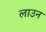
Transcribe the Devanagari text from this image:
लाउन